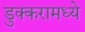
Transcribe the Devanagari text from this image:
डुक्करामध्ये